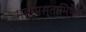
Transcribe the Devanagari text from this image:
महामस्ताभिषेक